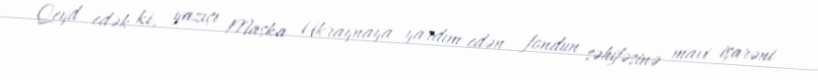
Qeyd edək ki, yazıçı Maska Ukraynaya yardım edən fondun səhifəsinə mavi işarəni